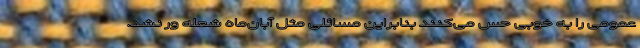
عمومی را به خوبی حس می‌کنند بنابراین مسائلی مثل آبان‌ماه شعله ور نشد.